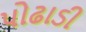
પોઢાડી